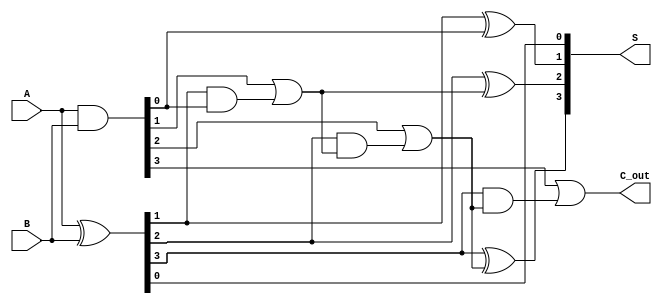
module ParallelPrefixAdder #(parameter n = 4) (
    input  [n-1:0] A,     // First n-bit input
    input  [n-1:0] B,     // Second n-bit input
    output [n-1:0] S,     // n-bit sum output
    output        C_out    // Carry out
);
    // Generate and Propagate signals
    wire [n-1:0] G, P;
    genvar i;

    // Compute Generate and Propagate
    assign G = A & B;           // Generate
    assign P = A ^ B;           // Propagate

    // Carry signals (Intermediate carries)
    wire [n-1:0] C;

    // Level 1: Compute carry signals
    assign C[0] = G[0]; // Initial carry
    generate
        for (i = 1; i < n; i = i + 1) begin : level1
            assign C[i] = G[i] | (P[i] & C[i-1]);
        end
    endgenerate

    // Final sum calculation
    generate 
        for (i = 0; i < n; i = i + 1) begin : sum
            assign S[i] = P[i] ^ (i == 0 ? 0 : C[i-1]);
        end
    endgenerate

    // Carry out
    assign C_out = C[n-1];

endmodule